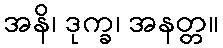
အနိ၊ ဒုက္ခ၊ အနတ္တ။